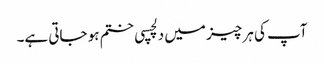
آپ کی ہر چیز میں دلچسپی ختم ہو جاتی ہے۔